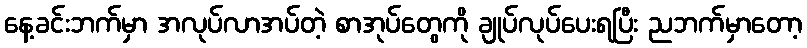
နေ့ခင်းဘက်မှာ အလုပ်လာအပ်တဲ့ စာအုပ်တွေကို ချုပ်လုပ်ပေးရပြီး ညဘက်မှာတော့